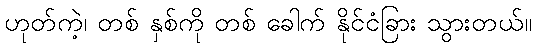
ဟုတ်ကဲ့၊ တစ် နှစ်ကို တစ် ခေါက် နိုင်ငံခြား သွားတယ်။